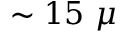
\sim 1 5 ~ \mu